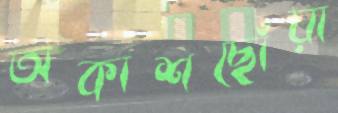
অকাশছোঁয়া